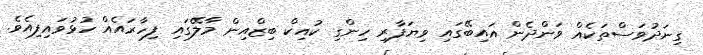
ގިނަދުވަސްތަކެއް ވަންދެން އައިބޭގައި ވިޔަފާރި ހިންގި ކުއިކް ބިޒްއިން މާލޭގައި ފިހާރައެއް ހުޅުވައިފިއެވެ.